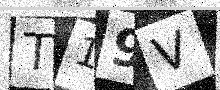
Text: T19V